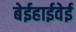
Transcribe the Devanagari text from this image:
बेईहाईवेई